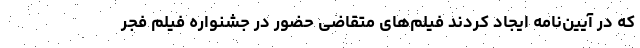
که در آیین‌نامه ایجاد کردند فیلم‌های متقاضی حضور در جشنواره فیلم فجر